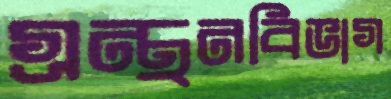
গ্রন্থনবিভাগ